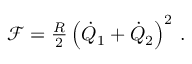
\begin{array} { r } { \mathcal { F } = \frac { R } { 2 } \left( \dot { Q } _ { 1 } + \dot { Q } _ { 2 } \right) ^ { 2 } \, . } \end{array}